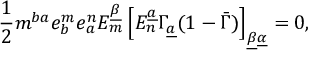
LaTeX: { \frac { 1 } { 2 } } m ^ { b a } e _ { b } ^ { m } e _ { a } ^ { n } E _ { m } ^ { \underline { { \beta } } } \left[ E _ { n } ^ { \underline { { a } } } \Gamma _ { \underline { { a } } } ( 1 - \bar { \Gamma } ) \right] _ { \underline { { \beta } } \underline { { \alpha } } } = 0 ,